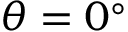
\theta = 0 ^ { \circ }